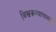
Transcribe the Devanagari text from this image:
विश्वकल्याणासाठी